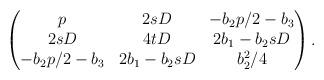
LaTeX: \begin{align*} \begin{pmatrix} p & 2sD & -b_2p/2-b_3 \\ 2sD & 4tD & 2b_1-b_2sD \\ -b_2p/2-b_3 & 2b_1-b_2sD & b_2^2/4 \end{pmatrix}. \end{align*}